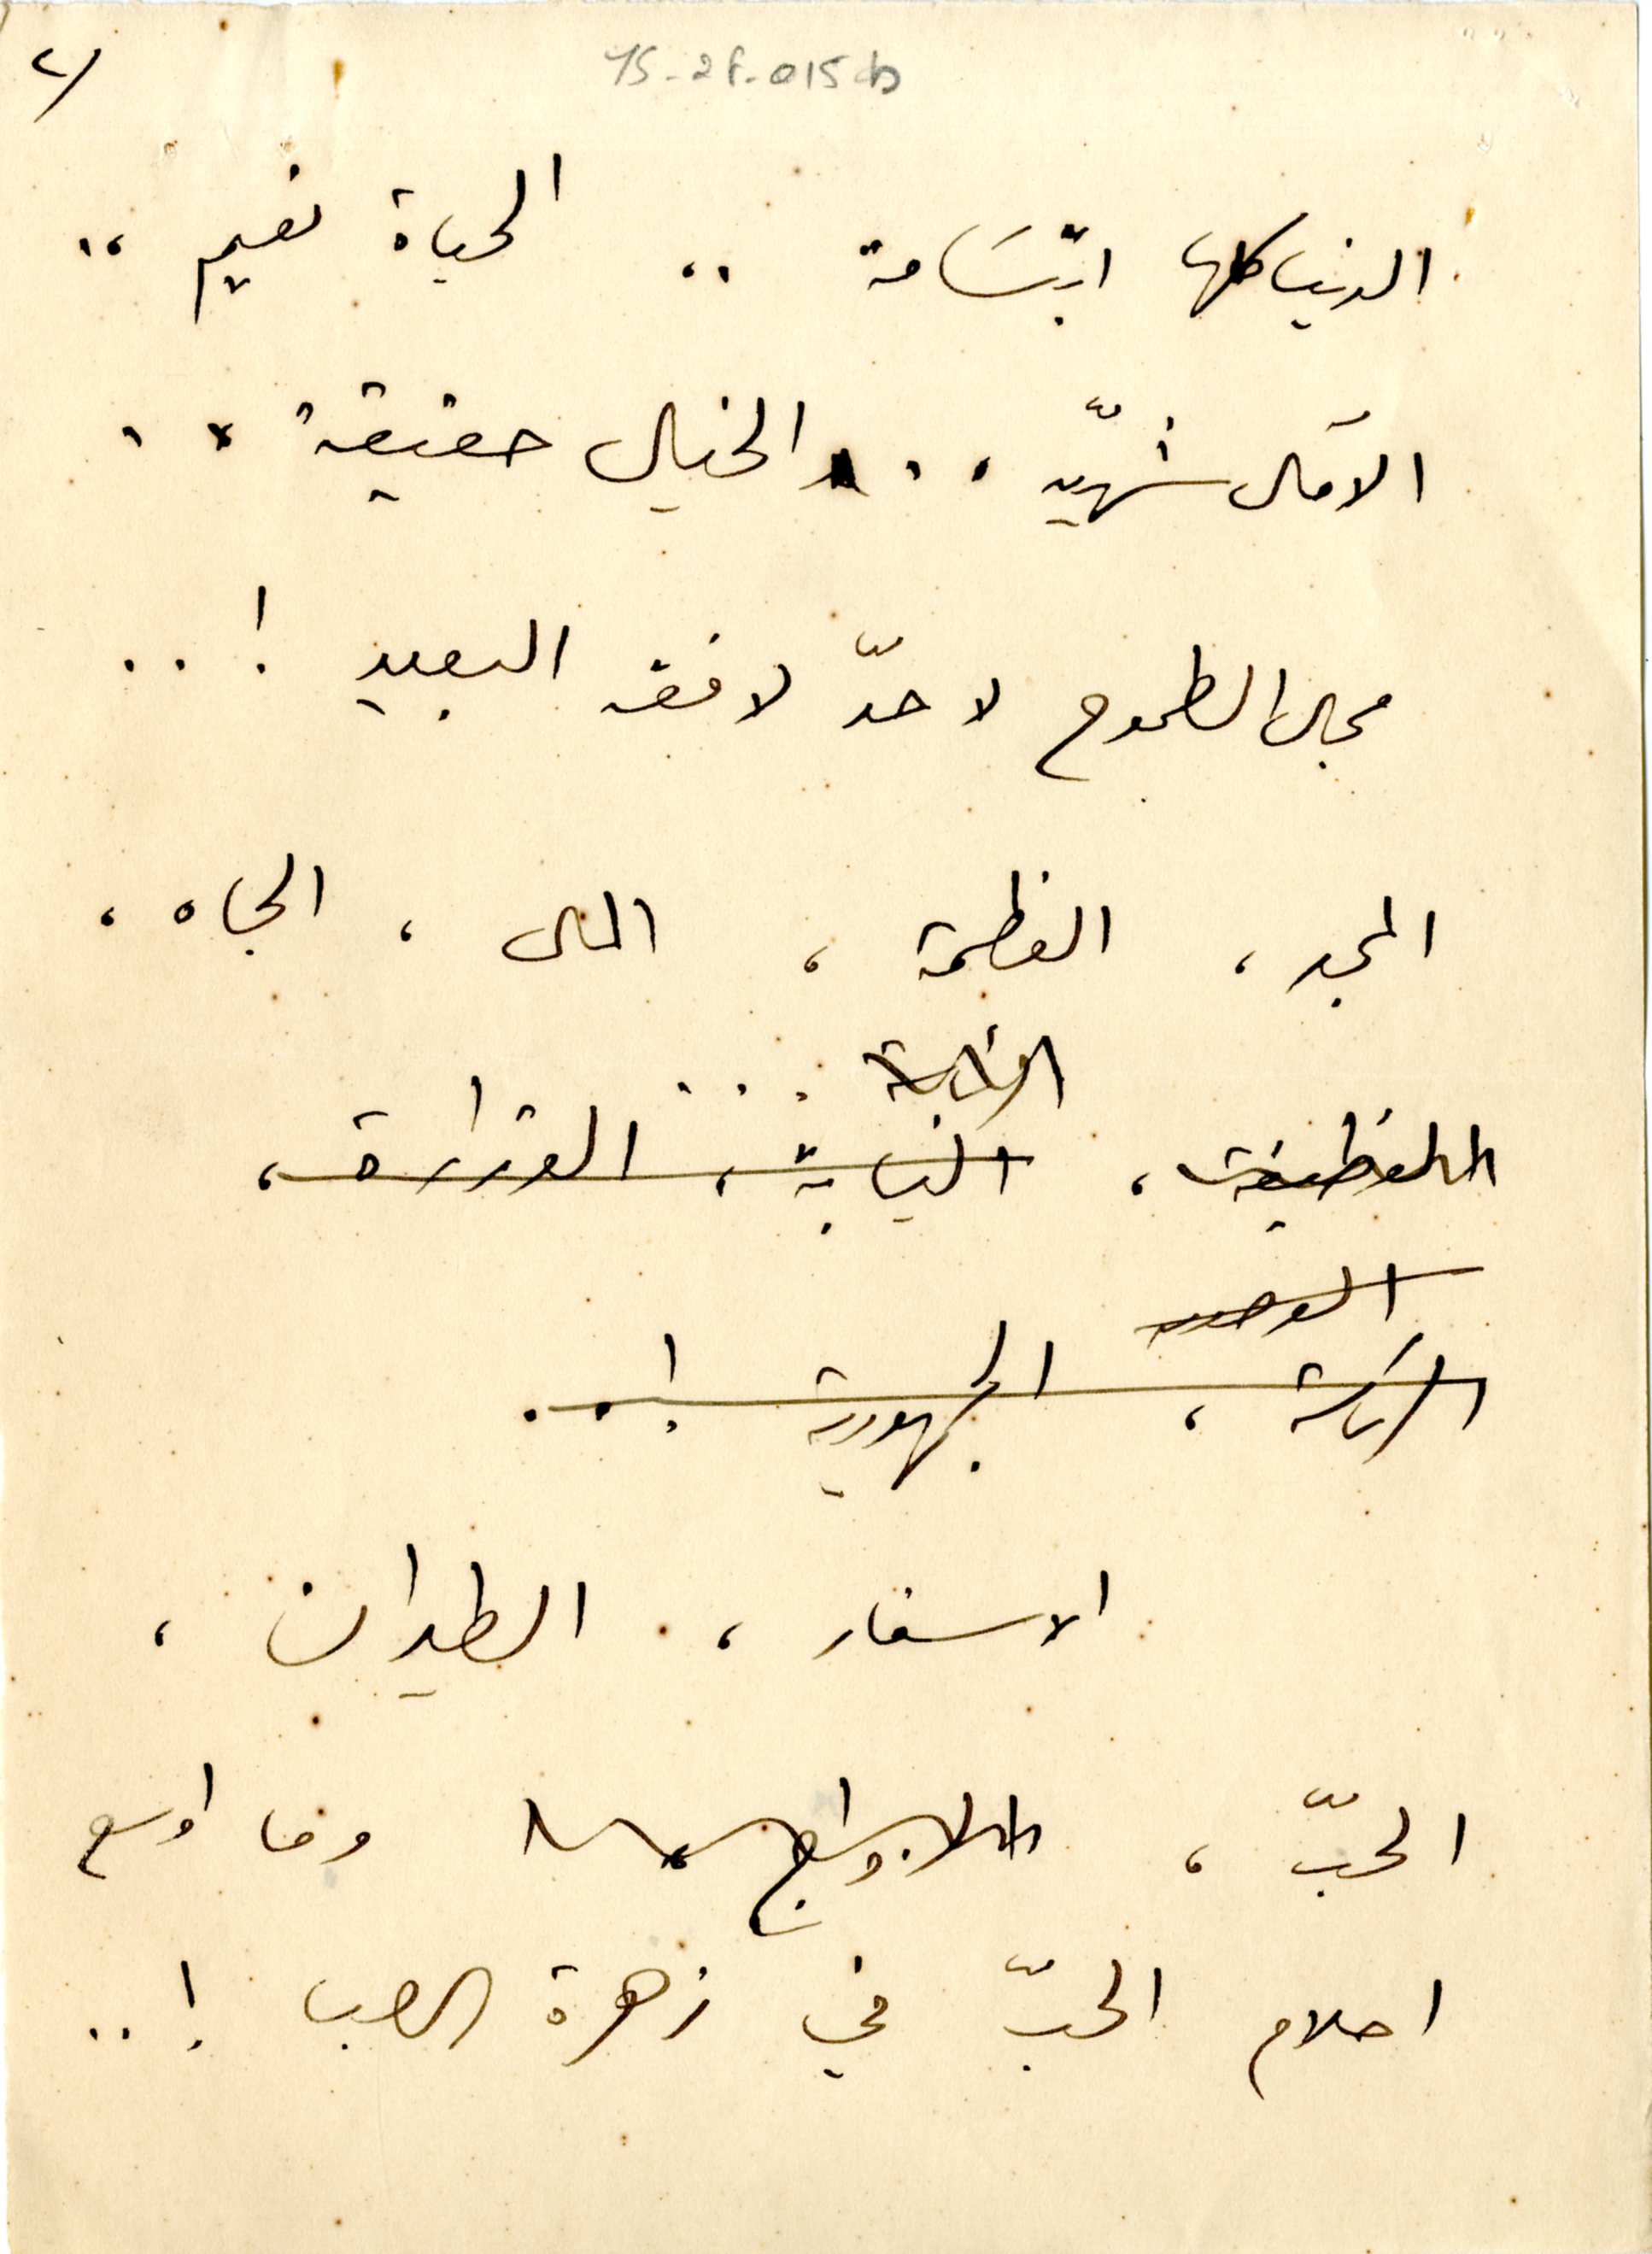
٢	YS_2F_015b
الدنيا كلها ابتسَامة .. الحياة نعيم ..
الآمال شهيّه .. الخيال حقيقة ..
مجال الطموح لا حدّ لافقه البعيد ! ..
المجد، العظمة، المال، الجاه،
الاسفار، الطيران،
الحبّ، وما اوسع
احلام الحبّ في زهرة الصبا ! ..